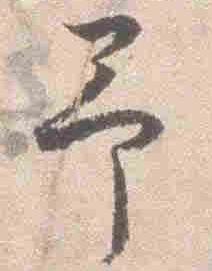
予